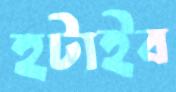
হটাইব